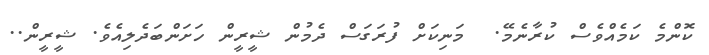
ކޮންމެ ކަމެއްވެސް ކުރާނެމޭ.  މަނިކަށް ފުރަގަސް ދެމުން ޝީރީން ހަށަންބަދެލިއެވެ. ޝީރީން..